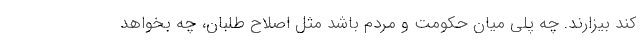
کند بیزارند. چه پُلی میان حکومت و مردم باشد مثل اصلاح طلبان، چه بخواهد